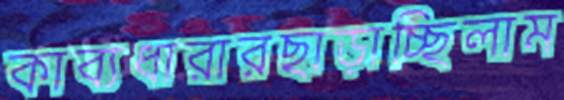
কাব্যধারারছাড়াচ্ছিলাম